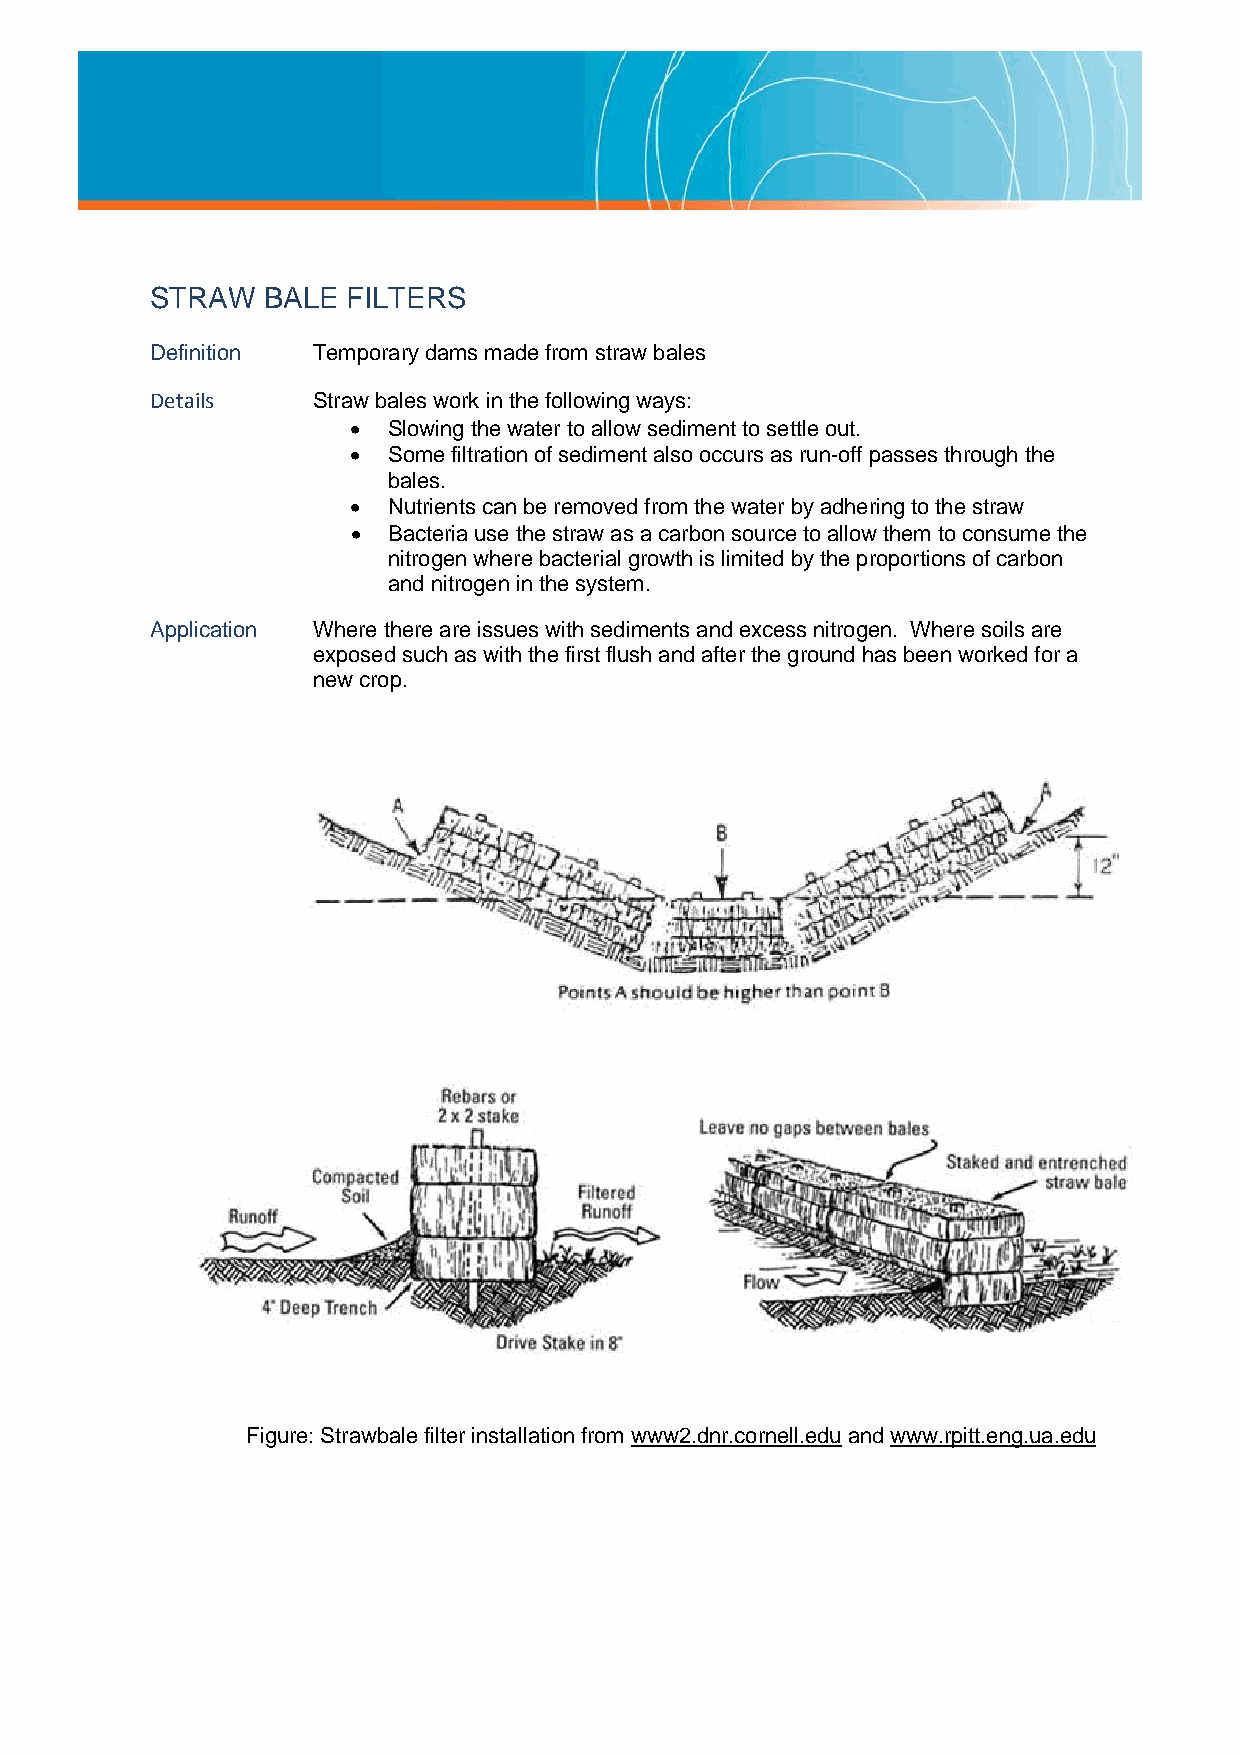
STRAW  BALE  FILTERS
 Definition Temporary dams made from straw bales
 Details    Straw bales work in the following ways:
   Slowing the water to allow sediment to settle out.
   Some filtration of sediment also occurs as run-off passes through the
 bales.
   Nutrients can be removed from the water by adhering to the straw
   Bacteria use the straw as a carbon source to allow them to consume the
 nitrogen where bacterial growth is limited by the proportions of carbon
 and nitrogen in the system.
 Application Where there are issues with sediments and excess nitrogen. Where soils are
 exposed such as with the first flush and after the ground has been worked for a
 new crop.
 Figure: Strawbale filter installation from www2.dnr.cornell.edu and www.rpitt.eng.ua.edu